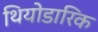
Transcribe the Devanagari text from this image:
थियोडारिक